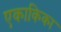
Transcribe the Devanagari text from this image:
एकाकिका